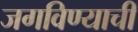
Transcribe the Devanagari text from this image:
जगविण्याची